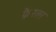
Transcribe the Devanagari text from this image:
फ्रैस्लर